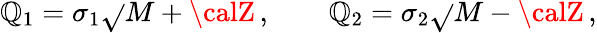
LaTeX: \mathbb{Q}_{1}=\sigma_{1}\sqrt{}{{M+{\calZ}}}\, ,\qquad\mathbb{Q}_{2}=\sigma_{2}\sqrt{}{{M-{\calZ}}}\, ,